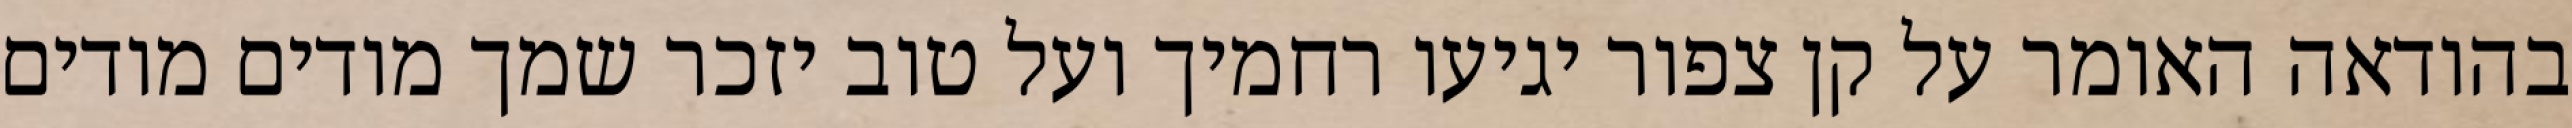
בהודאה האומר על קן צפור יגיעו רחמיך ועל טוב יזכר שמך מודים מודים